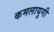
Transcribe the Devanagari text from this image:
कमलायुगी